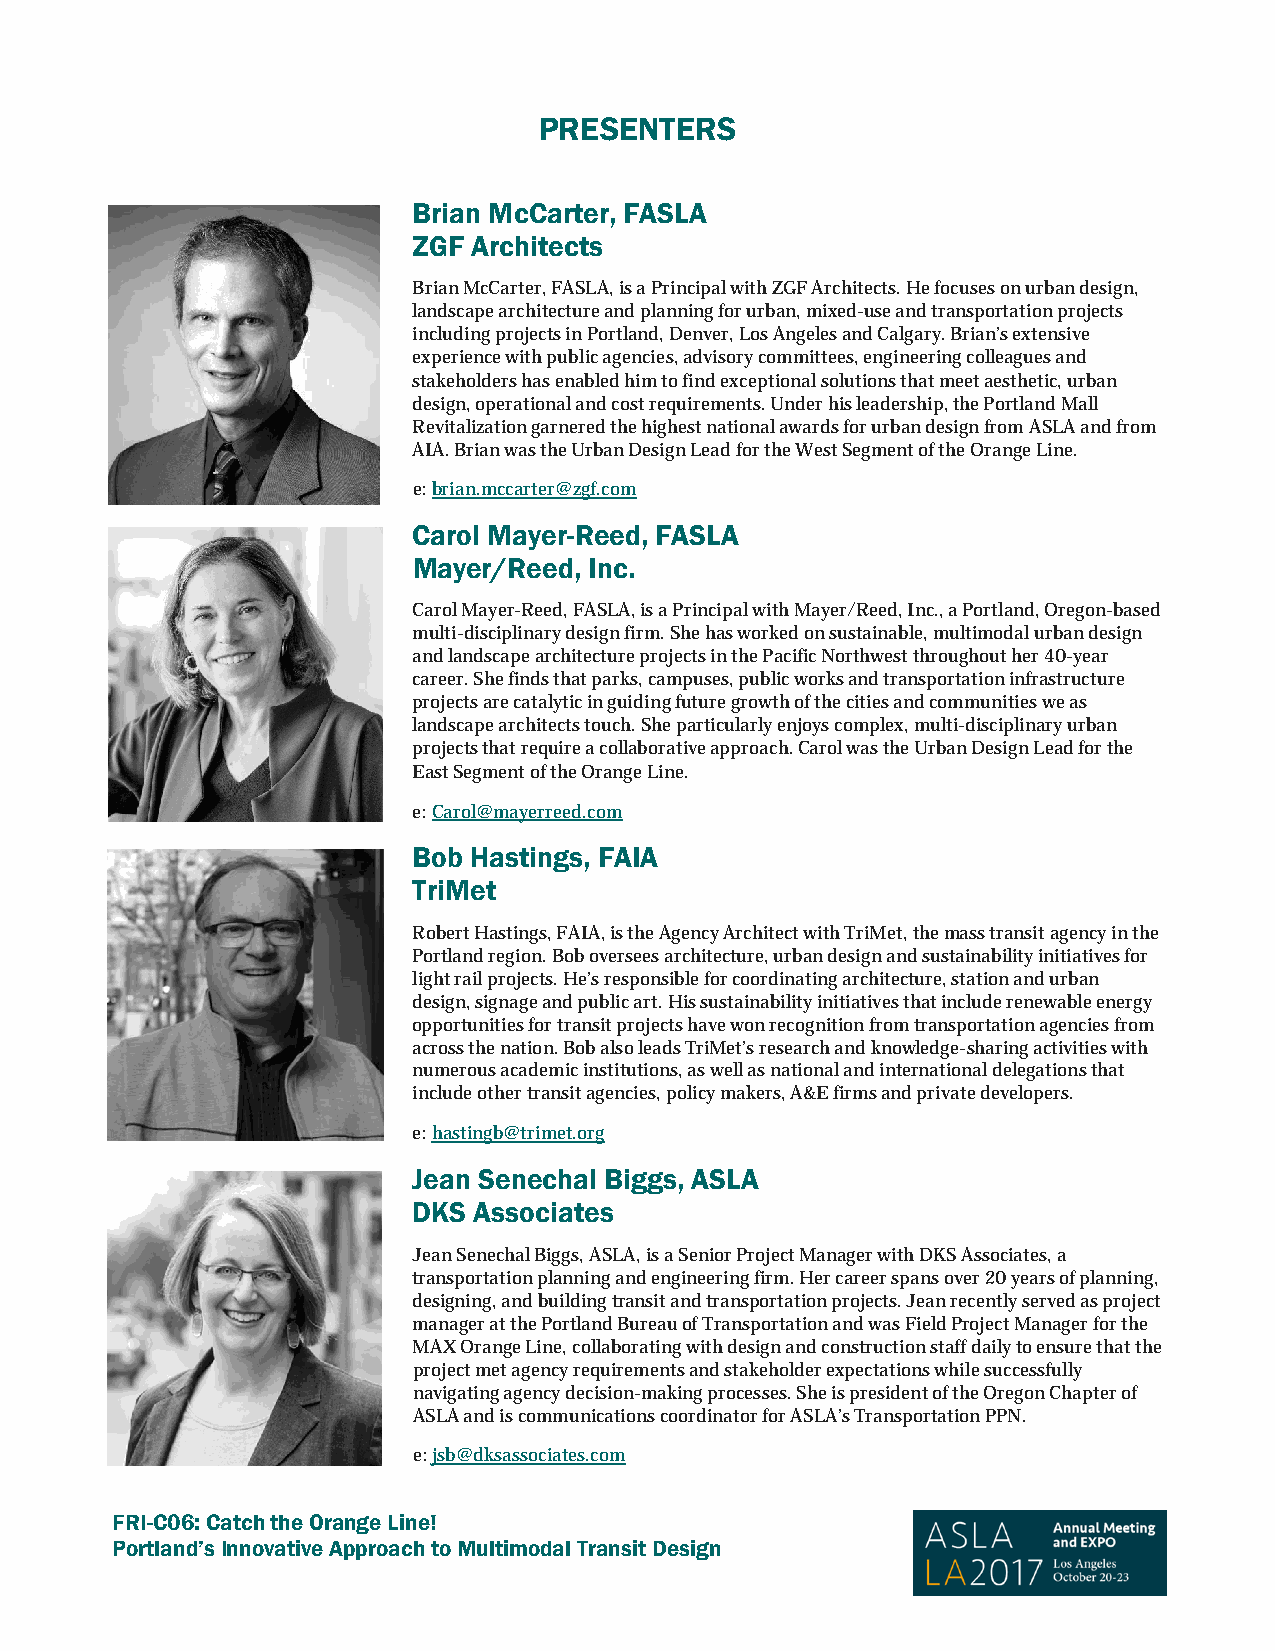
PRESENTERS
 Brian McCarter, FASLA
 ZGF Architects
 Brian McCarter, FASLA, is a Principal with ZGF Architects. He focuses on urban design,
 landscape architecture and planning for urban, mixed-use and transportation projects
 including projects in Portland, Denver, Los Angeles and Calgary. Brian’s extensive
 experience with public agencies, advisory committees, engineering colleagues and
 stakeholders has enabled him to find exceptional solutions that meet aesthetic, urban
 design, operational and cost requirements. Under his leadership, the Portland Mall
 Revitalization garnered the highest national awards for urban design from ASLA and from
 AIA. Brian was the Urban Design Lead for the West Segment of the Orange Line.
 e: brian.mccarter@zgf.com
 Carol Mayer-Reed, FASLA
 Mayer/Reed, Inc.
 Carol Mayer-Reed, FASLA, is a Principal with Mayer/Reed, Inc., a Portland, Oregon-based
 multi-disciplinary design firm. She has worked on sustainable, multimodal urban design
 and landscape architecture projects in the Pacific Northwest throughout her 40-year
 career. She finds that parks, campuses, public works and transportation infrastructure
 projects are catalytic in guiding future growth of the cities and communities we as
 landscape architects touch. She particularly enjoys complex, multi-disciplinary urban
 projects that require a collaborative approach. Carol was the Urban Design Lead for the
 East Segment of the Orange Line.
 e: Carol@mayerreed.com
 Bob Hastings, FAIA
 TriMet
 Robert Hastings, FAIA, is the Agency Architect with TriMet, the mass transit agency in the
 Portland region. Bob oversees architecture, urban design and sustainability initiatives for
 light rail projects. He’s responsible for coordinating architecture, station and urban
 design, signage and public art. His sustainability initiatives that include renewable energy
 opportunities for transit projects have won recognition from transportation agencies from
 across the nation. Bob also leads TriMet’s research and knowledge-sharing activities with
 numerous academic institutions, as well as national and international delegations that
 include other transit agencies, policy makers, A&E firms and private developers.
 e: hastingb@trimet.org
 Jean Senechal Biggs, ASLA
 DKS Associates
 Jean Senechal Biggs, ASLA, is a Senior Project Manager with DKS Associates, a
 transportation planning and engineering firm. Her career spans over 20 years of planning,
 designing, and building transit and transportation projects. Jean recently served as project
 manager at the Portland Bureau of Transportation and was Field Project Manager for the
 MAX Orange Line, collaborating with design and construction staff daily to ensure that the
 project met agency requirements and stakeholder expectations while successfully
 navigating agency decision-making processes. She is president of the Oregon Chapter of
 ASLA and is communications coordinator for ASLA’s Transportation PPN.
 e: jsb@dksassociates.com
 FRI-C06: Catch the Orange Line!
 Portland’s Innovative Approach to Multimodal Transit Design